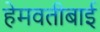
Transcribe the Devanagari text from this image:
हेमवतीबाई